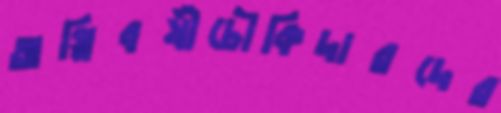
অগ্নিবর্ষীচৌকিদারদের